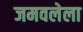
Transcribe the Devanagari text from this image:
जमवलेला